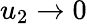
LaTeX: u_{2}\to 0